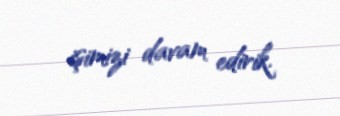
işimizi davam edirik.